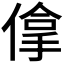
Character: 𠌧